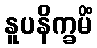
နူပနိက္ခမိံ